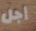
أجل